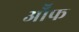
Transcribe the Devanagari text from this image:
ऑॅफ